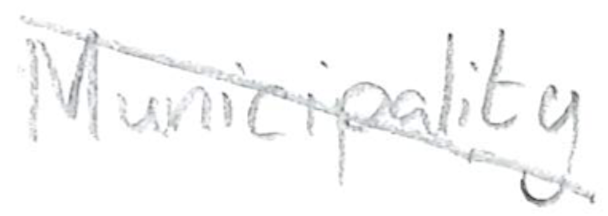
Text: Municipality
Cross-out: diagonal
Writing tool: pencil